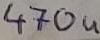
Text: 470u